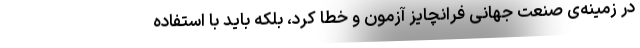
در زمینه‌ی صنعت جهانی فرانچایز آزمون و خطا کرد، بلکه باید با استفاده